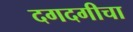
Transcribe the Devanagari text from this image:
दगदगीचा